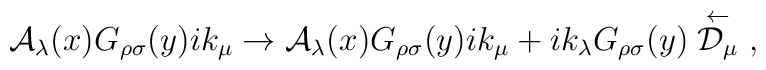
{\cal A}_\lambda(x) G_{\rho\sigma}(y)ik_\mu\rightarrow{\cal A}_\lambda(x) G_{\rho\sigma}(y)ik_\mu+ik_{\lambda}G_{\rho\sigma}(y)\stackrel{\leftarrow}{{\cal D}_\mu}\ ,